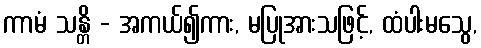
ကာမံ သန္တိ - အကယ်၍ကား, မပြုအားသဖြင့်, ထံပါးမသွေ,